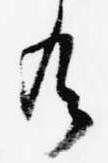
有